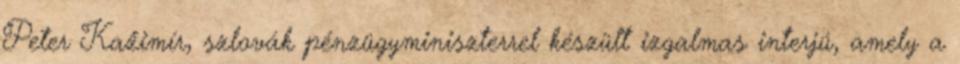
Peter Kažimír, szlovák pénzügyminiszterrel készült izgalmas interjú, amely a